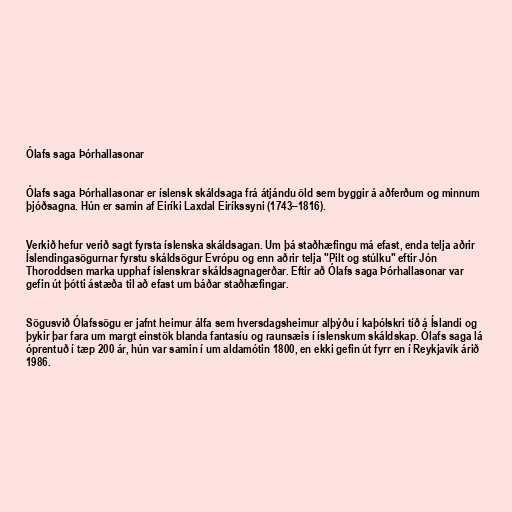
Ólafs saga Þórhallasonar

Ólafs saga Þórhallasonar er íslensk skáldsaga frá átjándu öld sem byggir á aðferðum og minnum
þjóðsagna. Hún er samin af Eiríki Laxdal Eiríkssyni (1743–1816).

Verkið hefur verið sagt fyrsta íslenska skáldsagan. Um þá staðhæfingu má efast, enda telja aðrir
Íslendingasögurnar fyrstu skáldsögur Evrópu og enn aðrir telja "Pilt og stúlku" eftir Jón
Thoroddsen marka upphaf íslenskrar skáldsagnagerðar. Eftir að Ólafs saga Þórhallasonar var
gefin út þótti ástæða til að efast um báðar staðhæfingar.

Sögusvið Ólafssögu er jafnt heimur álfa sem hversdagsheimur alþýðu í kaþólskri tíð á Íslandi og
þykir þar fara um margt einstök blanda fantasíu og raunsæis í íslenskum skáldskap. Ólafs saga lá
óprentuð í tæp 200 ár, hún var samin í um aldamótin 1800, en ekki gefin út fyrr en í Reykjavík árið
1986.